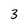
Character: 3